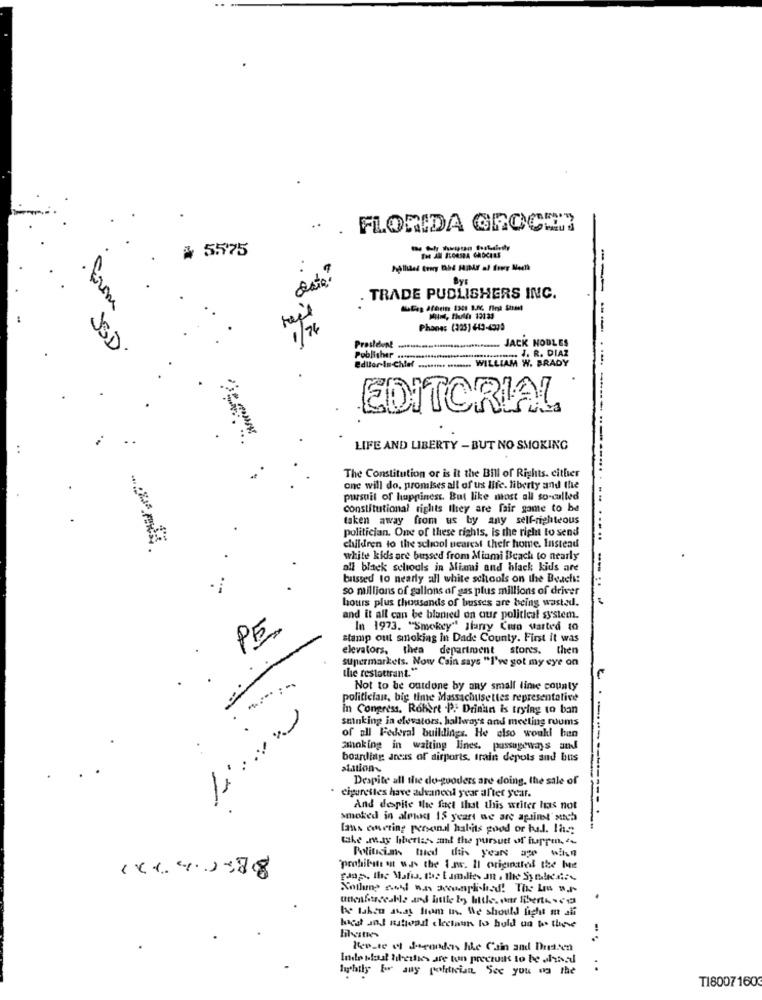
...
FLORIDA GROCERY
* 5575
The AN BLOGSBA CROCEES
date ?
By:
. TRADE PUBLISHERS INC.
1/76
Phones (225) 443-4979
JACK MOULES
JSD.
Publisher ....................................... J. R. DIAZ
...... J. R. DIAZ
Editor In Chief ......... ........ WILLIAM W. BRADY
IAM W. BRADY
-- -----
EDITORIAL
LIFE AND LIBERTY - BUT NO SMOKING
The Constitution or is it the Bill of Rights. either
one will do, promises all of us life. liberty and the
pursuit of happiness. But like most all so-called
Constitutional rights they are fair game to be
taken away from us by any self-righteous
politician. One of these rights, is the right to send
children to the school nearest their home. Instead
white kids are bussed from Miami Beach to nearly
all black schools in Miami and black kids are
batssed to nearly all white schools on the Beachs:
so millions of gallons of gas plus millions of driver
hours plus thousands of busses are being wasted.
and it all can be blanied on our political system.
PE
In 1973. "Smokey" Ifany Coro Marted to
stamp out smoking In Dade County. First it was
elevators, then
department stores. then
supermarkets. Now Cain says "I've got my eye on
the restattrant."
Not to be outdone by any small lime county
politician, big time Massachusettes representative
in Congress, Robert P. Drinan is trying to ban
sminking in elevators, hallways and meeting rooms
of all Federal buildings. He also would ben
smoking in waiting lines. passageways and
boarding areas of airports, train depols and bus
station
Despite all the do-gooders are doing, the sale of
cigarettes have avanceil year after year.
And despite the fact that this writer has not
smoked in alrundt 15 years we are apainst such
Dans onering personal habits good or bad. 1h
take .may hibertes, auml the pursuit of hurrin.
Politician tued this years age wihn
"prohibite ot wi. the 1.nr. Il originales the Me
be taken away from uns. We should fight m ali
Rente of Secondas the Cain and Dutten
Inde blast theilkes are ton preciskt to be hard
Ichthy bor auy politician See you og the
:
T18007160